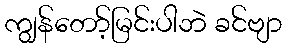
ကျွန်တော့်မြင်းပါဘဲ ခင်ဗျာ